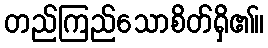
တည်ကြည်သောစိတ်ရှိ၏။